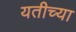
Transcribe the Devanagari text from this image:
यतीच्या